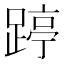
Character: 𰸥